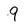
Character: 9